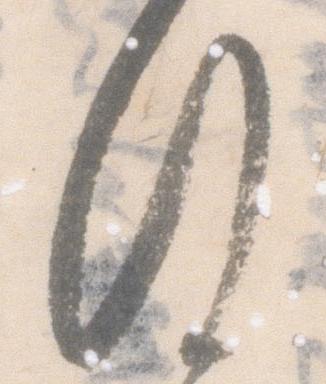
行